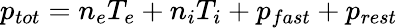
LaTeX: p_{tot}=n_{e}T_{e}+n_{i}T_{i}+p_{fast}+p_{rest}